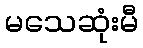
မသေဆုံးမီ